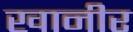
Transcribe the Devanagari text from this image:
खानीर